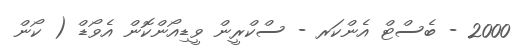
2000 - ބެސްޓް އެންކަރ - ސްކްރީން ވީޑިއޯންކޮން އެވޯޑް ( ކޯން